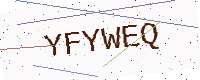
Text: YFYWEQ